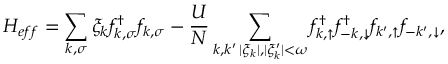
H _ { e f f } = \sum _ { k , \sigma } \xi _ { k } f _ { k , \sigma } ^ { \dag } f _ { k , \sigma } - \frac { U } { N } \sum _ { \substack { k , k ^ { \prime } \, | \xi _ { k } | , | \xi _ { k } ^ { \prime } | < \omega } } f _ { k , \uparrow } ^ { \dag } f _ { - k , \downarrow } ^ { \dag } f _ { k ^ { \prime } , \uparrow } f _ { - k ^ { \prime } , \downarrow } ,